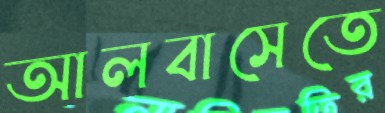
আলবাসেতে